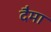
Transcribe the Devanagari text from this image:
दैमा